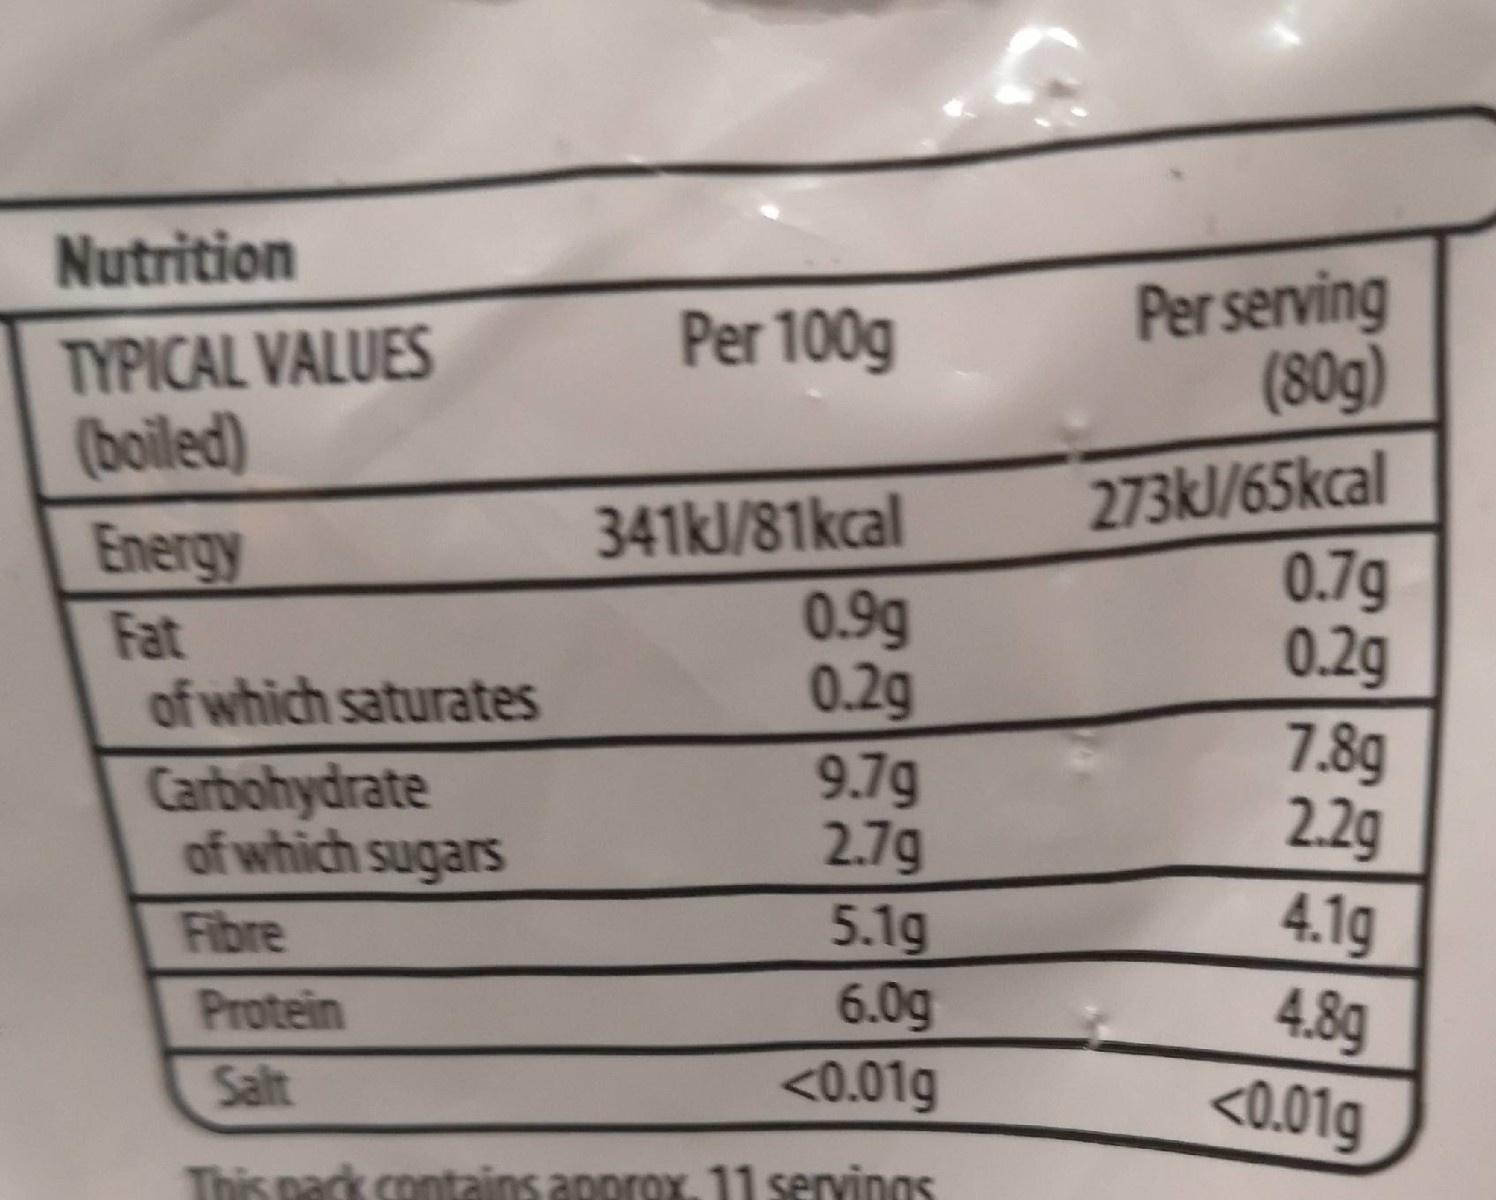
Nutrition Per serving (80g) Per 100g TYPICAL VALUES (boiled) 341kJ/81kcal 0.9g 0.2g 9.7g 2.7g 5.1g 6.0g <0.01g 273kl/65kcal 0.7g 0.2g 7.8g 2.2g Energy Fat of which saturates Carbohydrate of which sugars 4.1g 4.8g <0.01g Fibre Protein Salt This pack contains approx. 11 servings